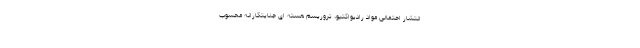
انتشار احتمالی مواد رادیواکتیو، تروریسم هسته ای جنایتکارانه محسوب